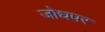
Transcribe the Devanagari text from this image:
जोधपर